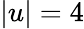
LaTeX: |u|=4